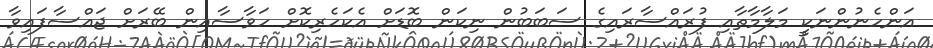
އަންހެނުންނަކީ މަލާމާތާއި ފުރައްސާރައިގެ ސަބަބުން ނިކަން ބޮޑަށް އެކަހެރިކޮށް ހަވާސާއިން ބޭރަށް ޖައްސާފައިވާ